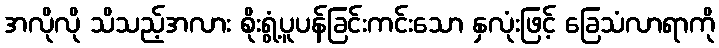
အလိုလို သိသည့်အလား စိုးရွံ့ပူပန်ခြင်းကင်းသော နှလုံးဖြင့် ခြေသံလာရာကို